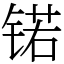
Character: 锘